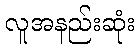
လူအနည်းဆုံး